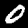
Digit: 0